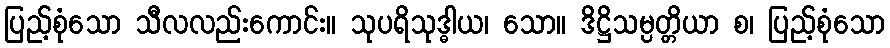
ပြည့်စုံသော သီလလည်းကောင်း။ သုပရိသုဒ္ဓါယ၊ သော။ ဒိဋ္ဌိသမ္ပတ္တိယာ စ၊ ပြည့်စုံသော